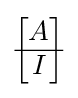
{\begin{bmatrix}A\\\hline I\end{bmatrix}}